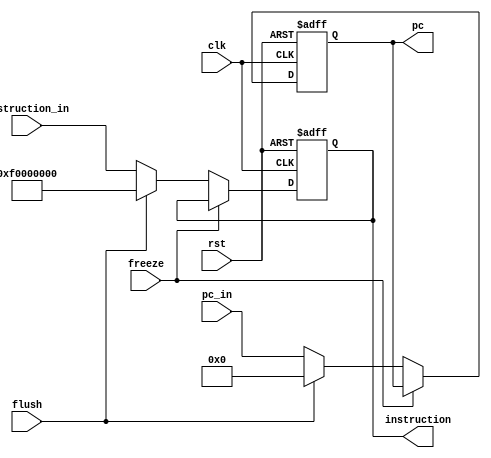
module IF_stage_reg #(parameter BIT_NUMBER = 32) (
  input clk, rst, freeze, flush,
  input [BIT_NUMBER-1:0] pc_in, instruction_in,
  output reg [BIT_NUMBER-1:0] pc, instruction
  );

  always @ (posedge clk, posedge rst) begin
    if (rst) begin
      pc <= 0;
      instruction <= 0;
    end
    else begin
      if (~freeze) begin
        if (flush) begin
          instruction <= 32'b11110000000000000000000000000000;
          pc <= 0;
        end
        else begin
          instruction <= instruction_in;
          pc <= pc_in;
        end
      end
    end
  end
endmodule